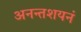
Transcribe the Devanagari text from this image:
अनन्तशयनं